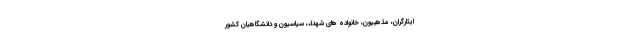
ایثارگران، مذهبیّون، خانواده های شهداء، سیاسیون و دانشگاهیان کشور